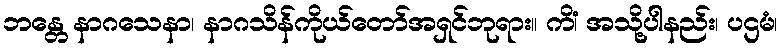
ဘန္တေ နာဂသေနာ၊ နာဂသိန်ကိုယ်တော်အရှင်ဘုရား။ ကိံ၊ အသို့ပါနည်း၊ ပဌမံ၊